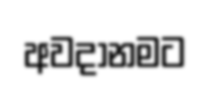
අවදානමට